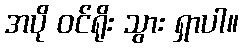
အပို ဝင်ရိုး သွား ရှာပါ။